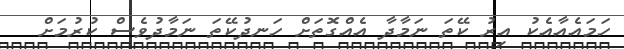
ހަމައެއާއެކު އިރު ކޭތަ ނަމާދާ އެއްގޮތަށް ހަނދުކޭތަ ނަމާދުވެސް ކުރުމަށް